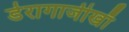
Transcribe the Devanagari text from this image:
डेरागाजीखाँ